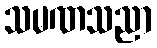
သမဏသညာ